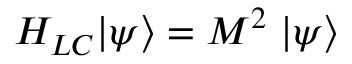
H _ { L C } | \psi \rangle = M ^ { 2 } \; | \psi \rangle